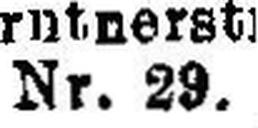
Nr. 29.